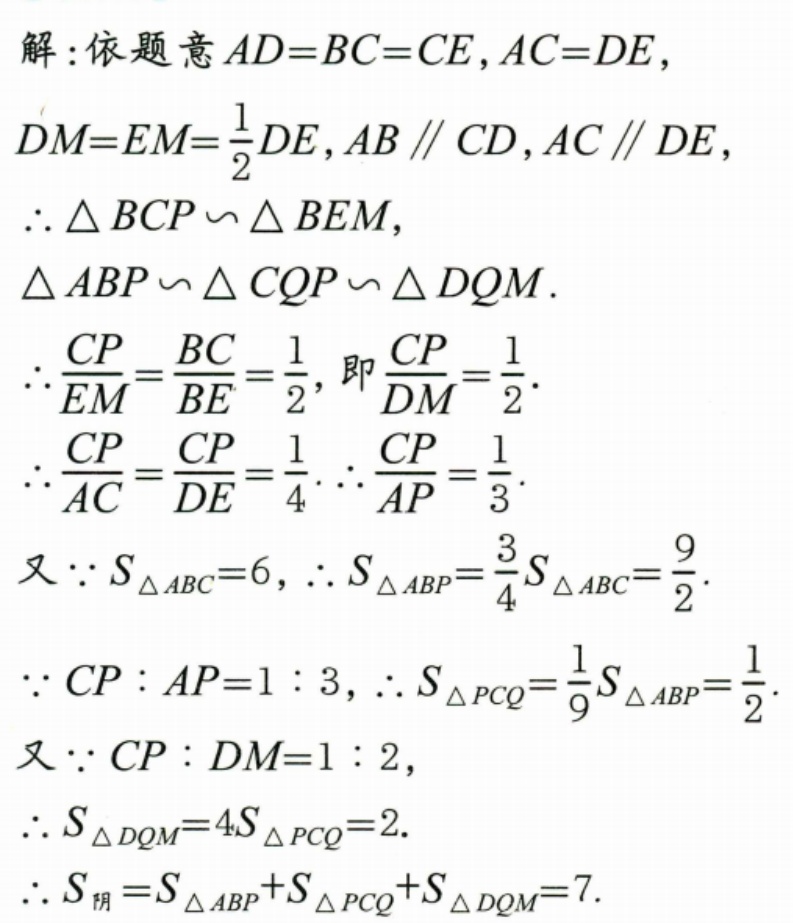
解：依题意 \(AD = BC = CE\)，\(AC = DE\)，
\(DM = EM=\frac{1}{2}DE\)，\(AB\parallel CD\)，\(AC\parallel DE\)，
\(\therefore \triangle BCP\backsim \triangle BEM\)，
\(\triangle ABP\backsim \triangle CQP\backsim \triangle DQM\).
\(\therefore \frac{CP}{EM}=\frac{BC}{BE}=\frac{1}{2}\)，即\(\frac{CP}{DM}=\frac{1}{2}\).
\(\therefore \frac{CP}{AC}=\frac{CP}{DE}=\frac{1}{4}\). \(\therefore \frac{CP}{AP}=\frac{1}{3}\).
又\(\because S_{\triangle ABC}=6\)，\(\therefore S_{\triangle ABP}=\frac{3}{4}S_{\triangle ABC}=\frac{9}{2}\).
\(\because CP:AP = 1:3\)，\(\therefore S_{\triangle PCQ}=\frac{1}{9}S_{\triangle ABP}=\frac{1}{2}\).
又\(\because CP:DM = 1:2\)，
\(\therefore S_{\triangle DQM}=4S_{\triangle PCQ}=2\).
\(\therefore S_{阴}=S_{\triangle ABP}+S_{\triangle PCQ}+S_{\triangle DQM}=7\).